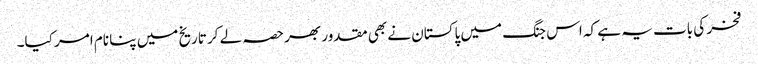
فخر کی بات یہ ہے کہ اس جنگ میں پاکستان نے بھی مقدور بھر حصہ لے کر تاریخ میں پنا نام امر کیا۔